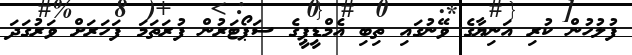
ފުލުހުން ކުރި އަނިޔާގެ ވޭނުގައި ތިބި އެމްޑީޕީގެ ސަޕޯޓަރުން ފުރަތަމަ ފަހަރަށް ވަރުގަދަ